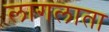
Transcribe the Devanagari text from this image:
लागलाता